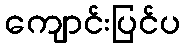
ကျောင်းပြင်ပ